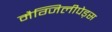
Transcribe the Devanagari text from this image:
मैग्जिलीपेड्स